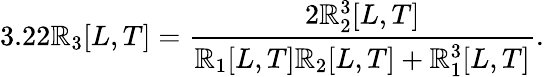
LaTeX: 3.22\mathbb{R}_{3}[L,T]=\frac{{2\mathbb{R}_{2}^{3}[L,T]}}{{\mathbb{R}_{1}[L,T]\mathbb{R}_{2}[L,T]+\mathbb{R}_{1}^{3}[L,T]}}.